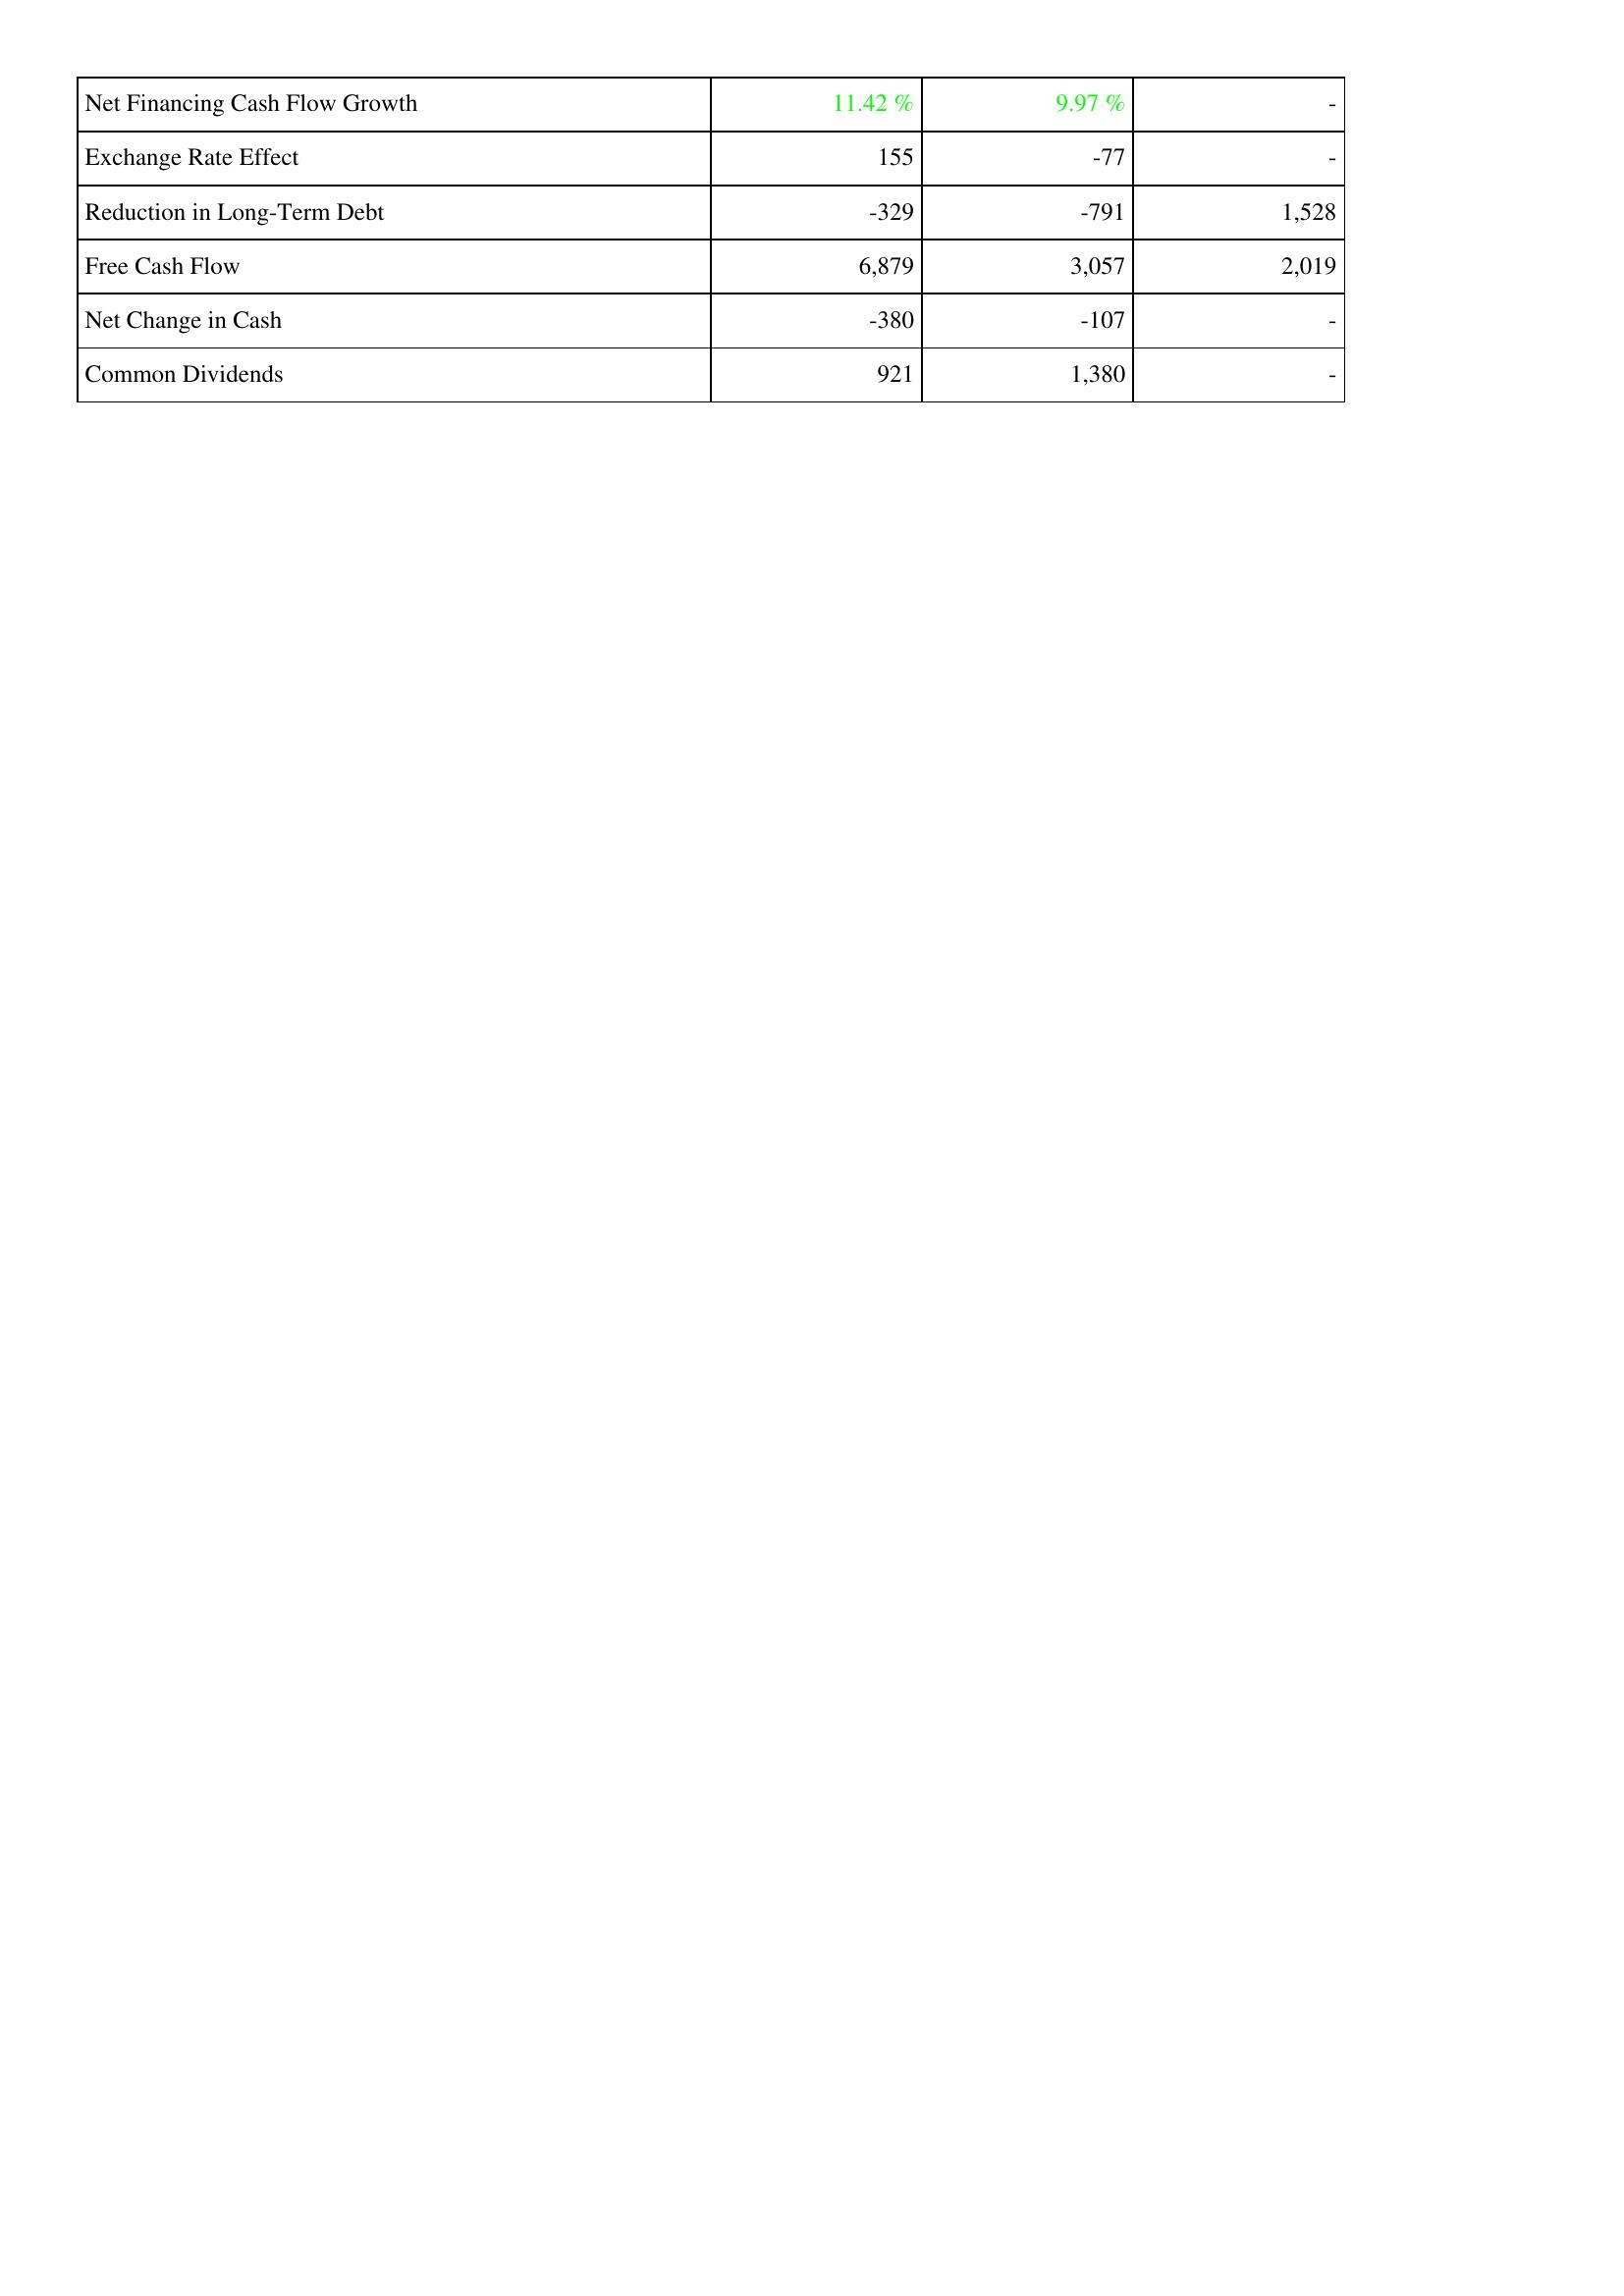
2013: Financing Activities: Net Financing Cash Flow Growth: 11.42 %
Exchange Rate Effect: 155
Reduction in Long-Term Debt: -329
Free Cash Flow: 6,879
Net Change in Cash: -380
Common Dividends: 921
2014: Financing Activities: Net Financing Cash Flow Growth: 9.97 %
Exchange Rate Effect: -77
Reduction in Long-Term Debt: -791
Free Cash Flow: 3,057
Net Change in Cash: -107
Common Dividends: 1,380
2015: Financing Activities: Net Financing Cash Flow Growth: -
Exchange Rate Effect: -
Reduction in Long-Term Debt: 1,528
Free Cash Flow: 2,019
Net Change in Cash: -
Common Dividends: -